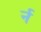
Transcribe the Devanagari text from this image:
र्न